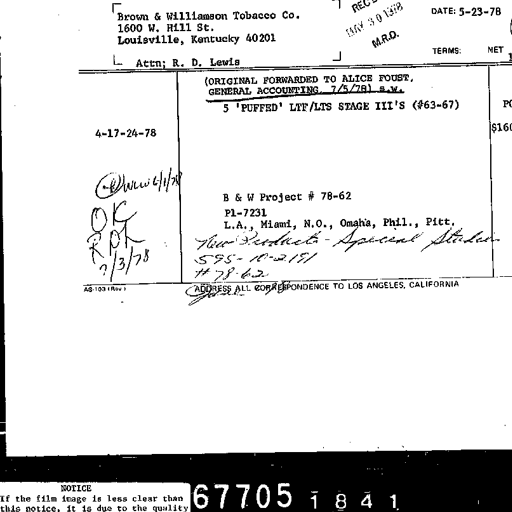
Brown & Williamson Tobacco Co.
1600 W. Hill St.
Louisville, Kentucky 40201
Attn: R. D. Lewis
DATE: 5-23-78
TERMS: NET
(ORIGINAL FORWARDED TO ALICE FOUST,
GENERAL ACCOUNTING 7/5/78) s.w.
5 'PUFFED' LTF/LTS STAGE III'S (#63-67)
4-17-24-78
B & W Project # 78-62
P1-7231
L.A., Miami, N.O., Omaha, Phil., Pitt.
New Products - Special Studies
595-10-2191
# 78-62
@ WLW 6/1/78
OK
RPK
7/3/78
ADDRESS ALL CORRESPONDENCE TO LOS ANGELES, CALIFORNIA
AS-103 (Rev.)
NOTICE
If the film image is less clear than
this notice, it is due to the quality
67705 1841